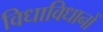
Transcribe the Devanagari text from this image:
विधाविधानों